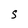
Character: s